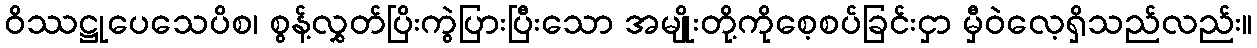
ဝိဿဋ္ဌုပေသေပိစ၊ စွန့်လွှတ်ပြိးကွဲပြားပြီးသော အမျိုးတို့ကိုစေ့စပ်ခြင်းငှာ မှီဝဲလေ့ရှိသည်လည်း။